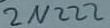
Text: 2N222